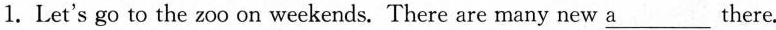
1.Let's go to the zoo on weekends. There are many new \underline{a}___ there.